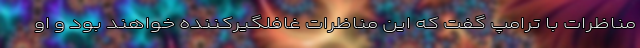
مناظرات با ترامپ گفت که این مناظرات غافلگیر‌کننده خواهند بود و او